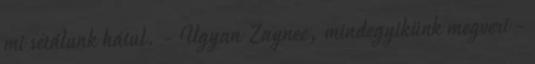
mi sétálunk hátul. - Ugyan Zaynee, mindegyikünk megveri -